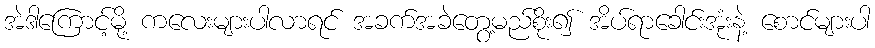
အဲဒါကြောင့်မို့ ကလေးများပါလာရင် အခက်အခဲတွေ့မည်စိုး၍ အိပ်ရာခေါင်းအုံးနဲ့ စောင်များပါ